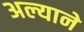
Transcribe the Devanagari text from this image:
अल्याने